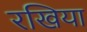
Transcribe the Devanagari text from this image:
रखिया